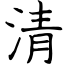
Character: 清